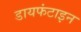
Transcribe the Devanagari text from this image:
डायफंटाइन